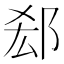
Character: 郄